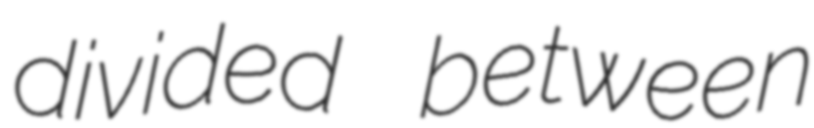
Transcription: divided between